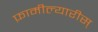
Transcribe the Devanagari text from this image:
फ़ामील्यारीस्